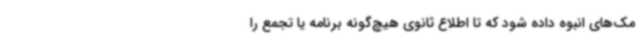
مک‌های انبوه داده شود که تا اطلاع ثانوی هیچ‌گونه برنامه یا تجمع را